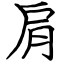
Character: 肩